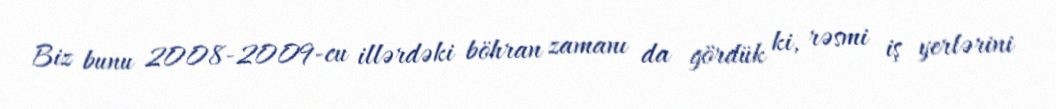
Biz bunu 2008-2009-cu illərdəki böhran zamanı da gördük ki, rəsmi iş yerlərini